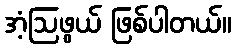
အံ့ဩဖွယ် ဖြစ်ပါတယ်။